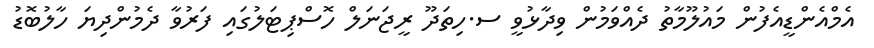
އެމްއެންޑީއެފުން މައުލޫމާތު ދެއްވަމުން ވިދާޅުވީ ސ.ހިތަދޫ ރީޖަނަލް ހޮސްޕިޓަލުގައި ފަރުވާ ދެމުންދިޔަ ހާލުބޮޑު